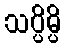
သပ္ပိမ္ပိ